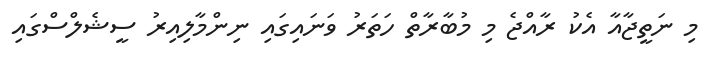
މި ނަތީޖާއާ އެކު ރާއްޖެ މި މުބާރާތް ހަތަރު ވަނައިގައި ނިންމާލިއިރު ސީޝެލްސްގައި